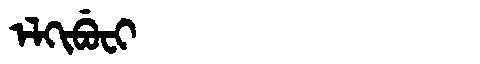
Manchu: ᡝᠯᡴᡳᠪᡠᠸᡳ
Romanization: ELKIBUFI